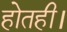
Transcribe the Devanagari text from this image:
होतही।